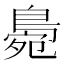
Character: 𪂧